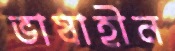
ভাষাহীন